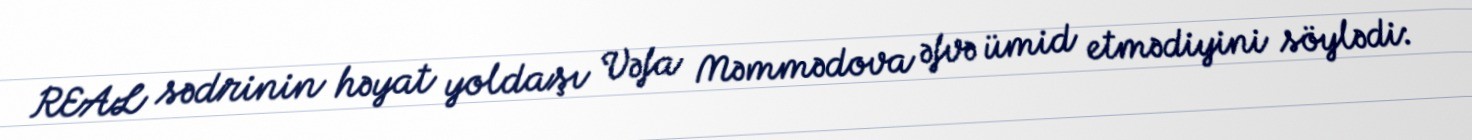
REAL sədrinin həyat yoldaşı Vəfa Məmmədova əfvə ümid etmədiyini söylədi: